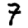
Digit: 7